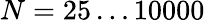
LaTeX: N=25\ldots 10000